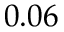
0 . 0 6